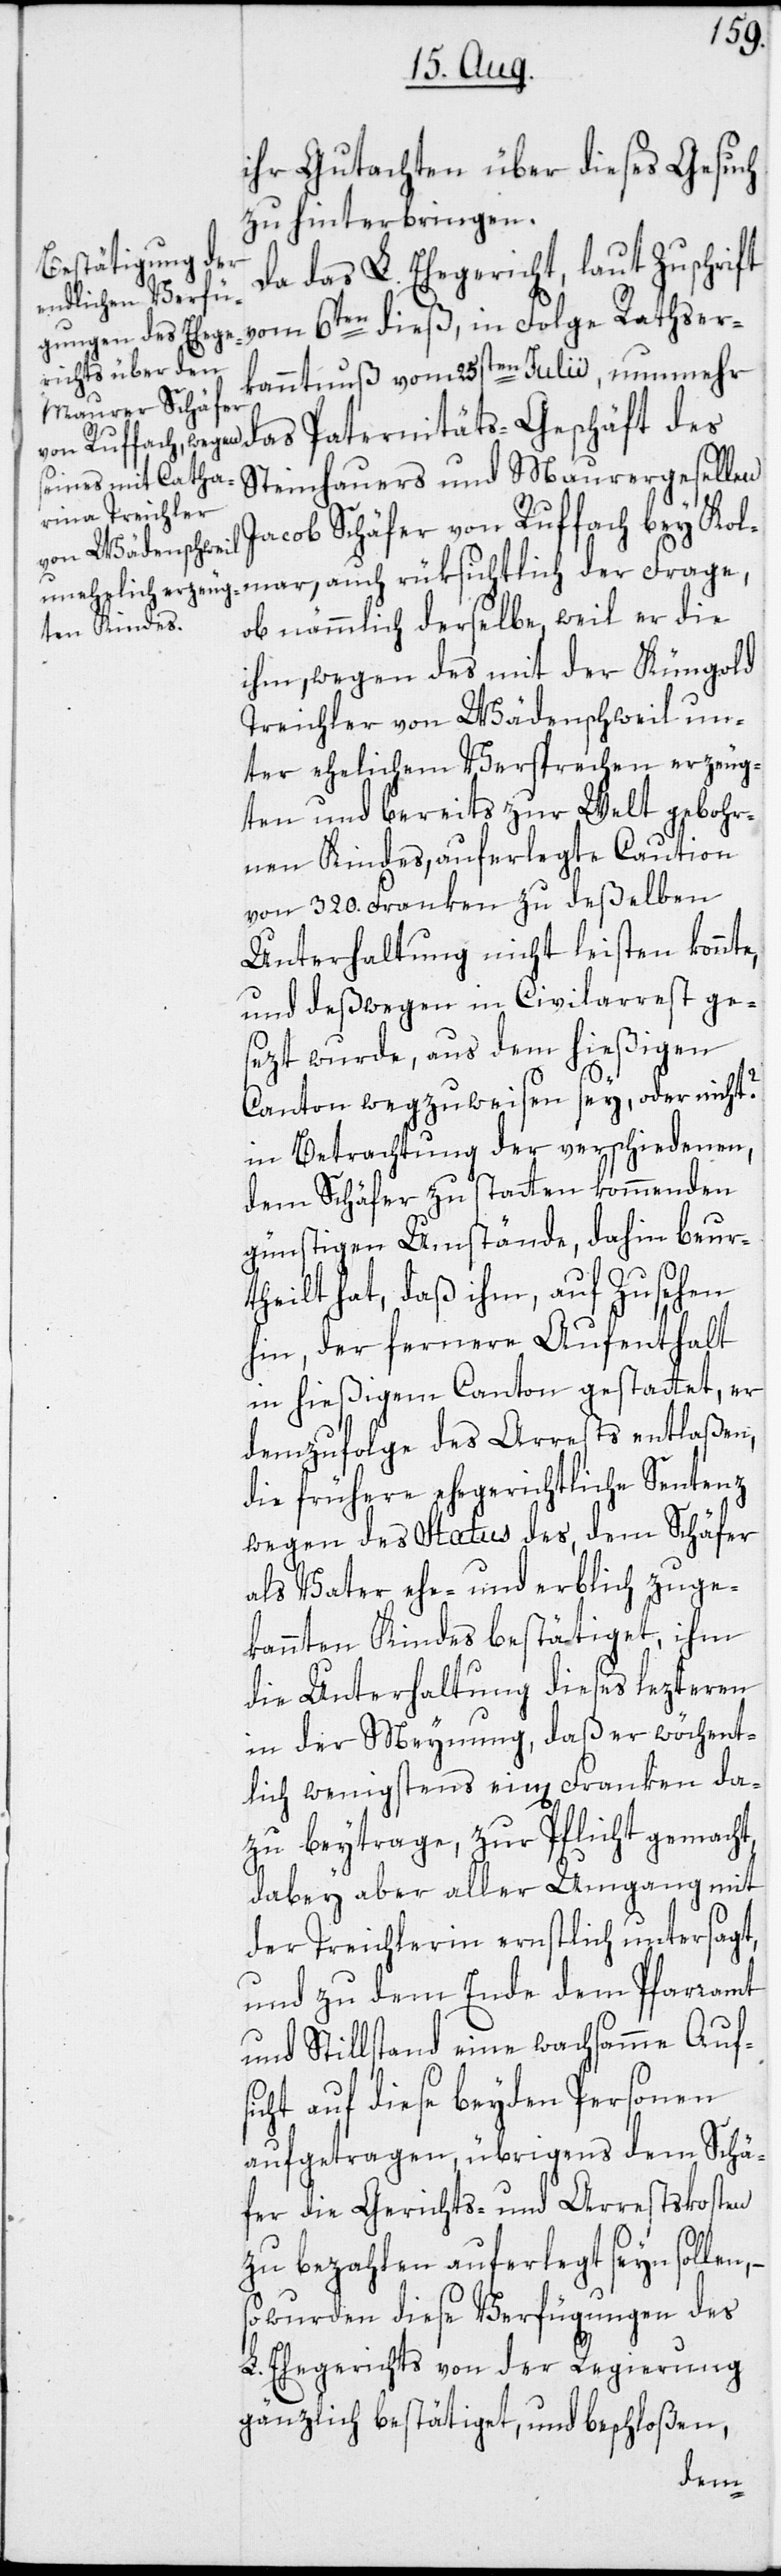
ihr Gutachten über dieses Gesuch
zu hinterbringen.
Da das L. Ehegericht, laut Zuschrift
vom 6ten dieß, in Folge Rathser¬
kanntnuß vom 25sten Julii, nunmehr
Steinhauers und Maurergesellen
Jacob Schäfer von Ruffach bey Kol¬
mar, auch rüksichtlich der Frage,
ob nämmlich derselbe, weil er die
ihm, wegen des mit der Küngold
Treichler von Wädenschweil un¬
ter ehelichem Versprechen erzeug¬
ten und bereits zur Welt gebohr¬
nen Kindes, auferlegte Caution
von 320. Franken zu deßelben
Unterhaltung nicht leisten konnte,
und deßwegen in Civilarrest ge¬
sezt wurde, aus dem hießigen
Canton wegzuweisen sey, oder nicht?
in Betrachtung der verschiedenen,
dem Schäfer zu statten kommenden
günstigen Umstände, dahin beur¬
theilt hat, daß ihm, auf Zusehen
hin, der fernere Aufenthalt
in hießigem Canton gestattet, er
demzufolge des Arrests entlaßen,
die frühere ehegerichtliche Sentenz
wegen des Status des, dem Schäfer
als Vater ehe- und erblich zuge¬
kannten Kindes bestätiget, ihm
die Unterhaltung dieses lezteren
in der Meynung, daß er wöchent¬
lich wenigstens ein[en] Franken da¬
zu beytrage, zur Pflicht gemacht,
dabey aber aller Umgang mit
der Treichlerin ernstlich untersagt,
und zu dem Ende dem Pfarramt
und Stillstand eine wachsamme Aufs¬
icht auf diese beyden Personen
aufgetragen, übrigens dem Schä¬
fer die Gerichts- und Arrestskosten
zu bezahlen auferlegt seyn sollen,
wurden diese Verfügungen des
L. Ehegerichts von der Regierung
gänzlich bestätiget, und beschloßen,